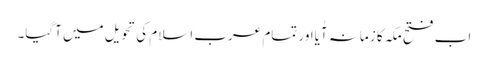
اب فتح مکہ کا زمانہ آٰیااور تمام عرب اسلام کی تحویل میں آگیا۔